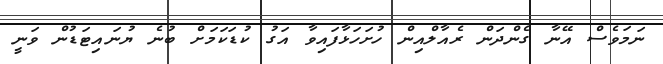
ނަމަވެސް އޭނާ ގެންދަން ރެއާލްއިން ހުށަހަޅާފައިވާ އަގު ކުޑަކަމަށް ބުނެ ޔުނައިޓަޑުން ވަނީ